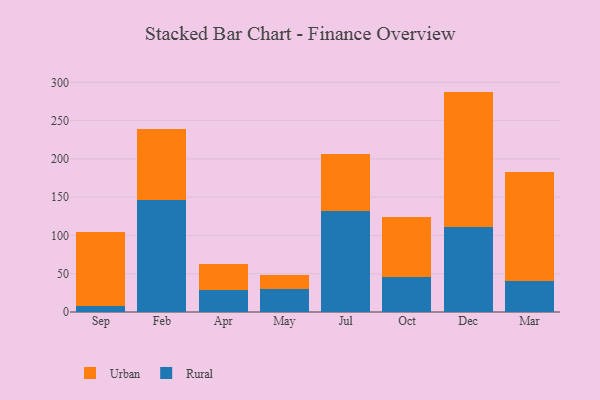
{"axis": {"x": "Month", "y": "Net Income (USD K)"}, "legend": ["Rural", "Urban"], "data": [{"x": "Sep", "y": 7.8, "type": "Rural"}, {"x": "Sep", "y": 96.7, "type": "Urban"}, {"x": "Feb", "y": 145.9, "type": "Rural"}, {"x": "Feb", "y": 92.7, "type": "Urban"}, {"x": "Apr", "y": 28.7, "type": "Rural"}, {"x": "Apr", "y": 34.4, "type": "Urban"}, {"x": "May", "y": 30.0, "type": "Rural"}, {"x": "May", "y": 17.7, "type": "Urban"}, {"x": "Jul", "y": 131.9, "type": "Rural"}, {"x": "Jul", "y": 75.1, "type": "Urban"}, {"x": "Oct", "y": 45.3, "type": "Rural"}, {"x": "Oct", "y": 79.1, "type": "Urban"}, {"x": "Dec", "y": 110.7, "type": "Rural"}, {"x": "Dec", "y": 177.2, "type": "Urban"}, {"x": "Mar", "y": 40.8, "type": "Rural"}, {"x": "Mar", "y": 142.1, "type": "Urban"}]}